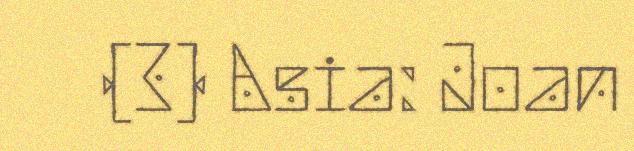
(3) Asia: Joan